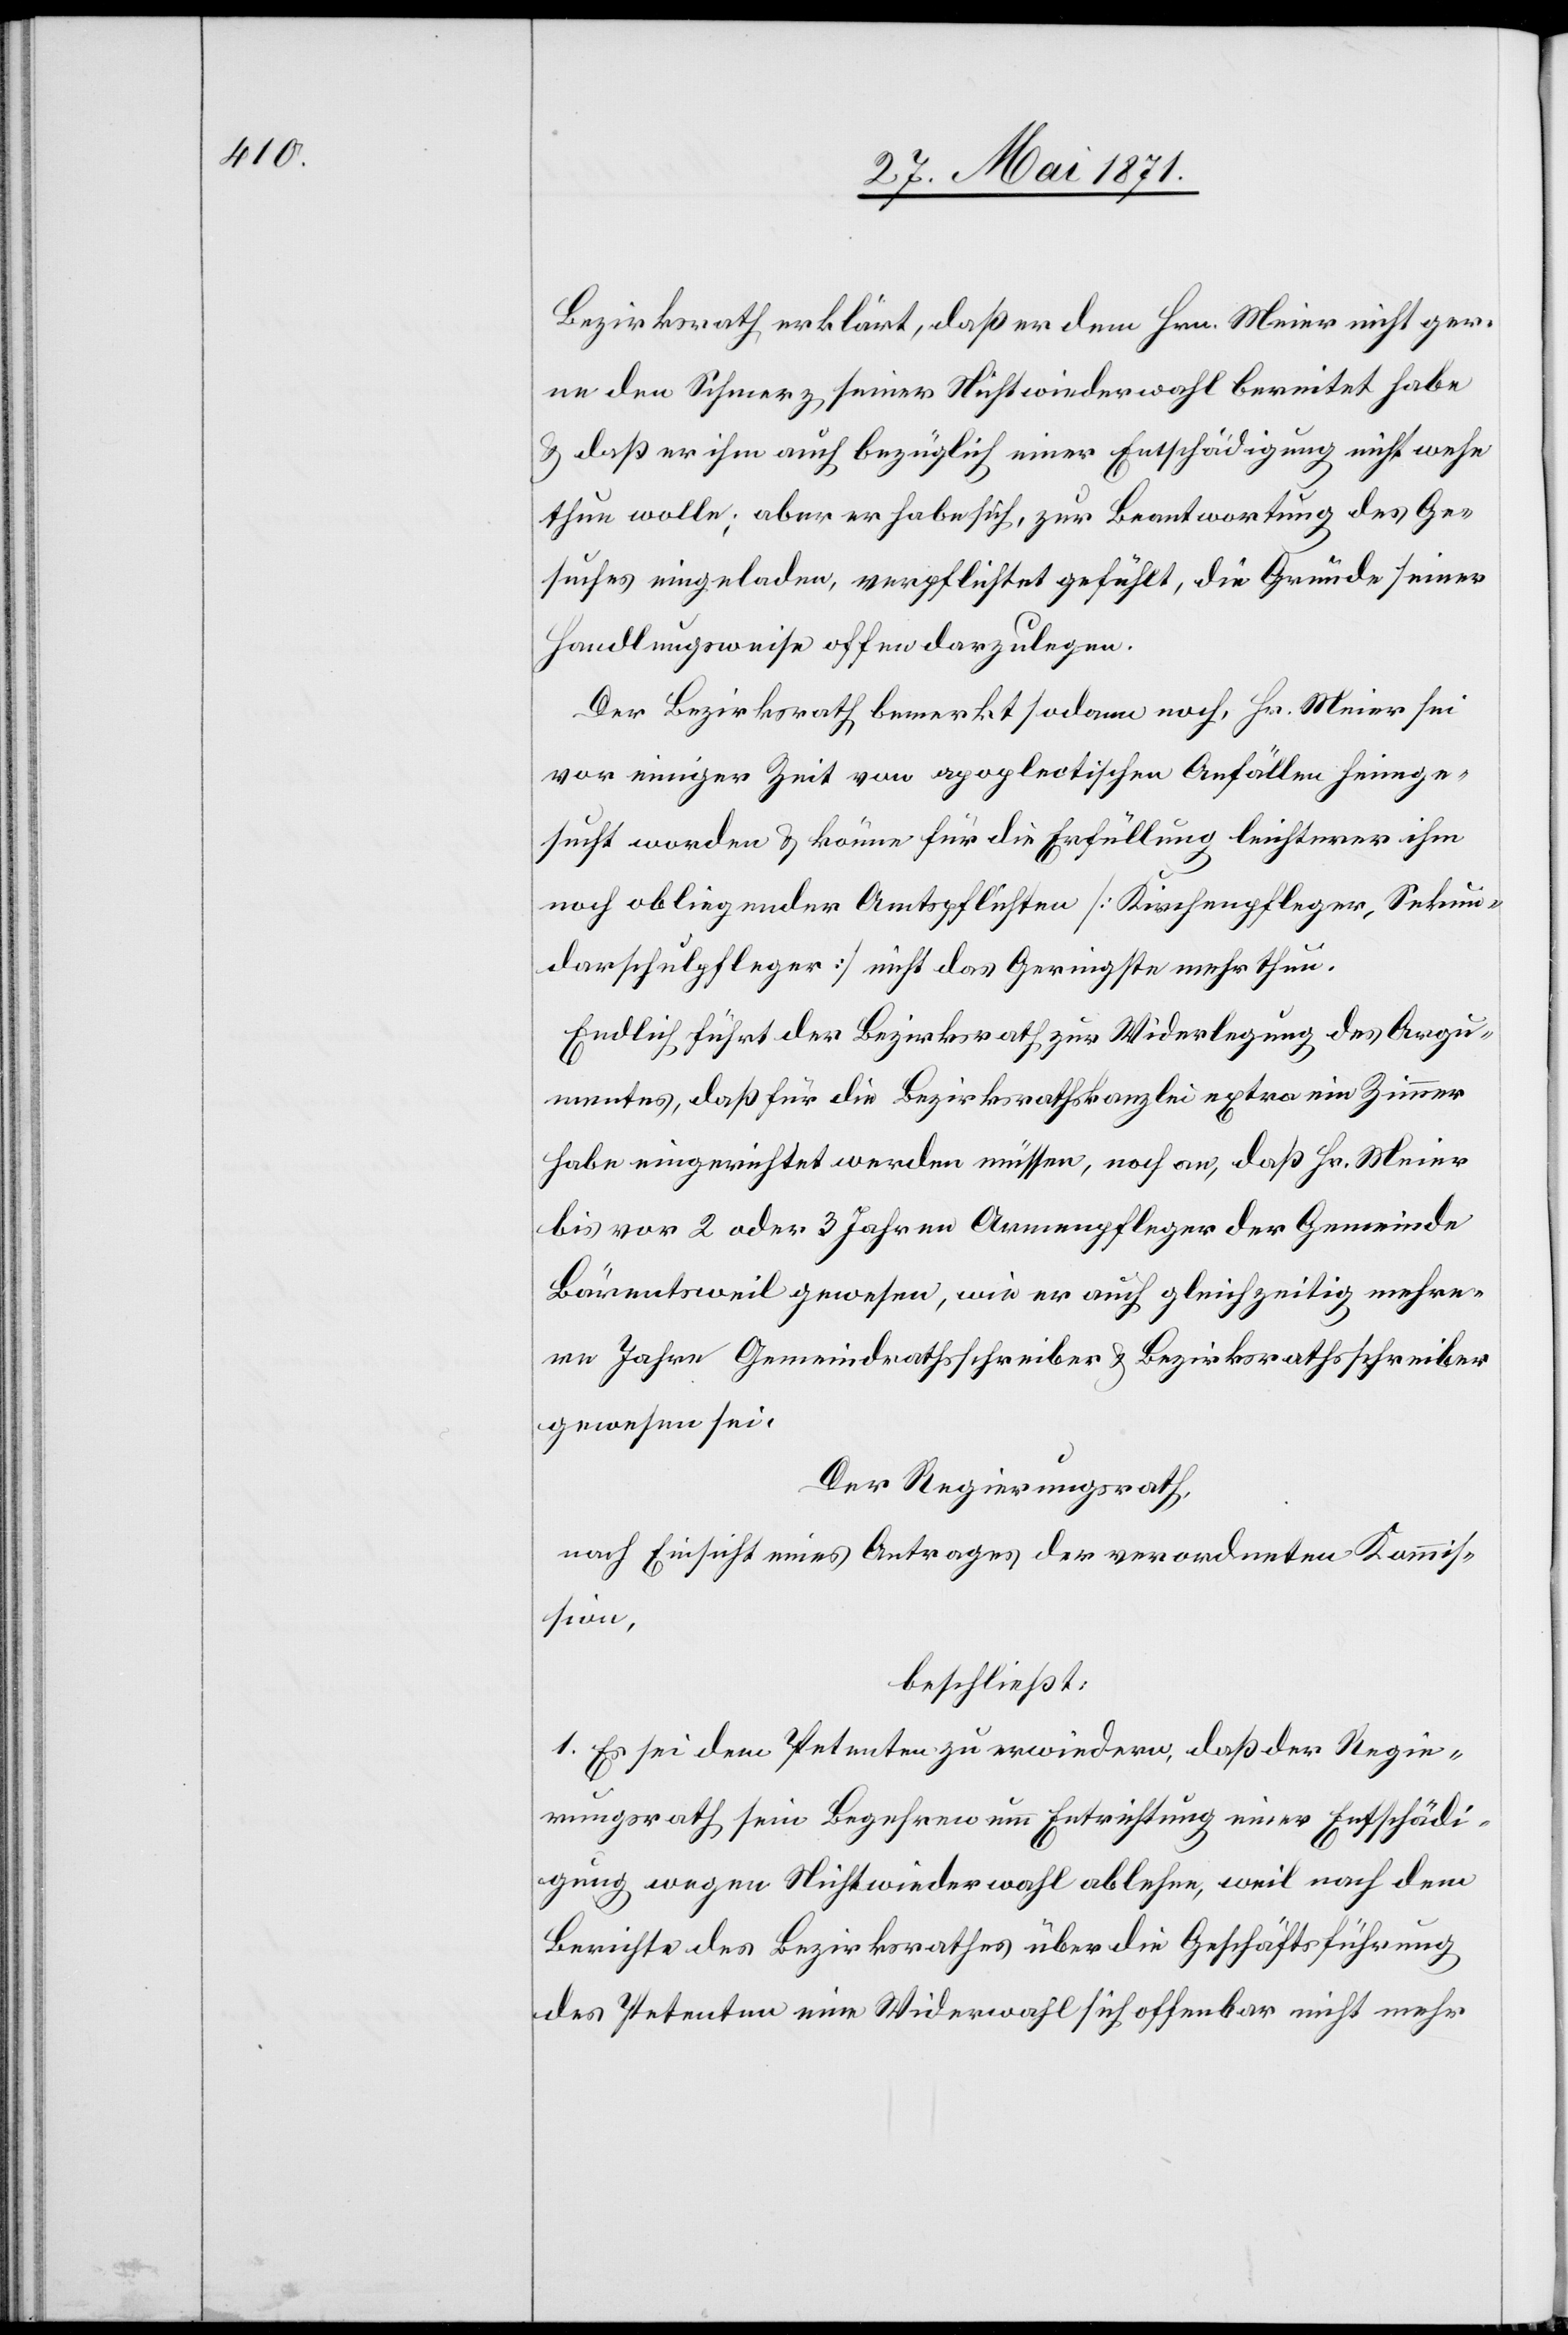
Bezirksrath erklärt, daß er dem Hrn. Meier nicht ger¬
ne den Schmerz seiner Nichtwiederwahl bereitet habe
u. daß er ihm auch bezüglich einer Entschädigung nicht wehe
thun wolle; aber er habe sich, zur Beantwortung des Ge¬
suches eingeladen, verpflichtet gefühlt, die Gründe seiner
Handlungsweise offen darzulegen.
Der Bezirksrath bemerkt sodann noch, Hr. Meier sei
vor einiger Zeit von apoplectischen Anfällen heimge¬
sucht worden u. könne für die Erfüllung leichterer ihm
noch obliegender Amtspflichten [Kirchenpfleger, Sekun¬
darschulpfleger] nicht das Geringste mehr thun.
Endlich führt der Bezirksrath zur Widerlegung des Argu¬
mentes, daß für die Bezirkskanzlei extra ein Zimmer
habe eingerichtet werden müssen, noch an, daß Hr. Meier
bis vor 2 oder 3 Jahren Armenpfleger der Gemeinde
Bärentsweil gewesen, wie er auch gleichzeitig mehre¬
re Jahre Gemeindrathsschreiber u. Bezirksrathsschreiber
gewesen sei.
Der Regierungsrath,
nach Einsicht eines Antrages der verordneten Kommis¬
sion,
beschließt:
1. Es sei dem Petenten zu erwiedern, daß der Regie¬
rungsrath sein Begehren um Entrichtung einer Entschädi¬
gung wegen Nichtwiederwahl ablehne, weil nach dem
Berichte des Bezirksrathes über die Geschäftsführung
des Petenten eine Wiederwahl sich offenbar nicht mehr